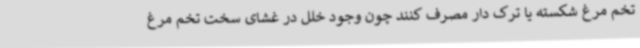
تخم مرغ شکسته یا ترک دار مصرف کنند چون وجود خلل در غشای سخت تخم مرغ